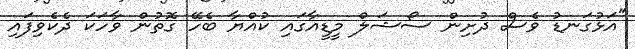
"އަޅުގަނޑު ވެސް ދުށިން ސޯޝަލް މީޑީއާގައި ކުއްޔާ ބެހޭ ގޮތުން ވާހަކަ ދެކެވިފައި